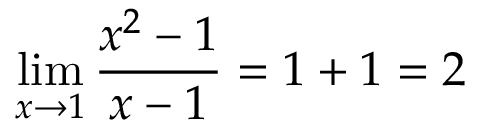
\operatorname* { l i m } _ { x \to 1 } { \frac { x ^ { 2 } - 1 } { x - 1 } } = 1 + 1 = 2